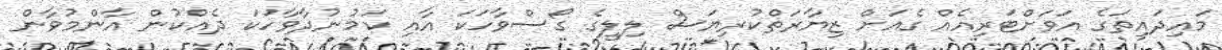
މައިދައިތަގެ އަވަށްޓަރިއެއް ގެއަށް ޒިޔާރަތްކުރިޔަސް ލިލީގެ ގޯސްވާހަކަ އާއި ކަމުނުދާވާހަކަ ދެއްކުން އާންމުވާން